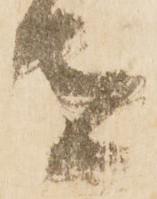
者